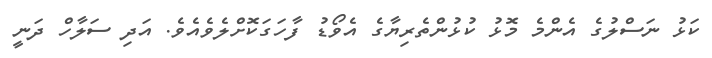
ކަޅު ނަސްލުގެ އެންމެ މޮޅު ކުޅުންތެރިޔާގެ އެވޯޑު ފާހަގަކޮށްލެވެއެވެ. އަދި ސަލާހް ދަނީ